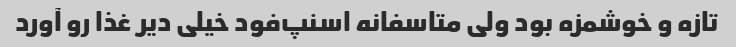
تازه و خوشمزه بود ولی متاسفانه اسنپ‌فود خیلی دیر غذا رو آورد